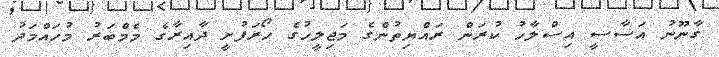
ގާނޫނު އަސާސީ އިސްލާހު ކުރަން ރައްޔިތުންގެ މަޖިލީހުގެ ހޯރަފުށީ ދާއިރާގެ މެމްބަރު މުހައްމަދު